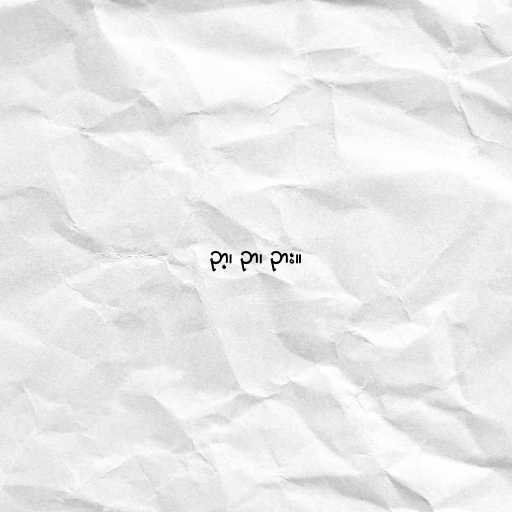
ဉာ့၊ ဉာ၊ ဉား။